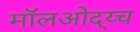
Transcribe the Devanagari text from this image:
मॉलओद्य्च